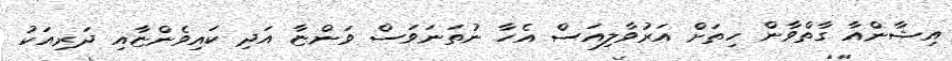
އިޝާންއާ ގާތްވާން ހިތަށް އަރުވާލިއަސް އެހާ ނުތަނަވަސް ވަންޏާ އަދި ކައިވެންޏާއި ދަރިއަކު